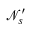
\mathcal { N } _ { s } ^ { \prime }